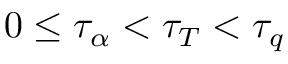
0 \leq \tau _ { \alpha } < \tau _ { T } < \tau _ { q }